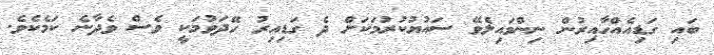
ބައި ގަޑިއެއްހާއިރުން ނިންމައިލެވޭ ސައުޔުކުރުމަކަށް ދެ ގަޑިއިރު ހޭދަވުމަކީ ވެސް ވެދާނެ ކަމެކެވެ.